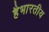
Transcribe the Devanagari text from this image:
हैभारतीय